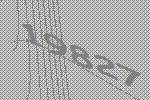
19827